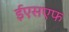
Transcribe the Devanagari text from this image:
ईएसएफ